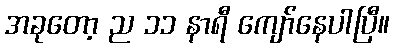
အခုတော့ ည ၁၁ နာရီ ကျော်နေပါပြီ။